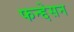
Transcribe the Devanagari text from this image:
फन्द्देसन